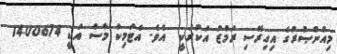
މިއުންޞުރުގެ އިގިރޭސި ރަމްޒު އަކުރަކީ  އެވެ. އެޓަމިކް މާސް އަކީ 14.00674